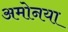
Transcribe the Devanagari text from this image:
अमोनया